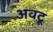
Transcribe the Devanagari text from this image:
अवटू